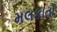
મલકાતો